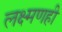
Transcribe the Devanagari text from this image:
लक्ष्मणही